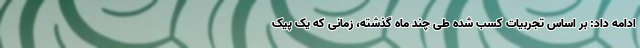
ادامه داد: بر اساس تجربیات کسب شده طی چند ماه گذشته، زمانی که یک پیک